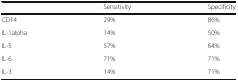
|  | Sensitivity | Specificity |
 | --- | --- | --- |
 | CD14 | 29% | 86% |
 | IL-1alpha | 14% | 50% |
 | IL-5 | 57% | 64% |
 | IL-6 | 71% | 71% |
 | IL-3 | 14% | 71% |